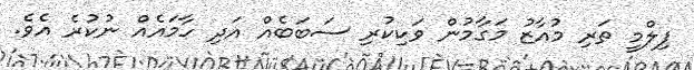
ފިލްމީ ތަރި މުއާޒު މަގާމުން ވަކިކުރި ސަބަބެއް އަދި ހާމައެއް ނުކުރެ އެވެ.